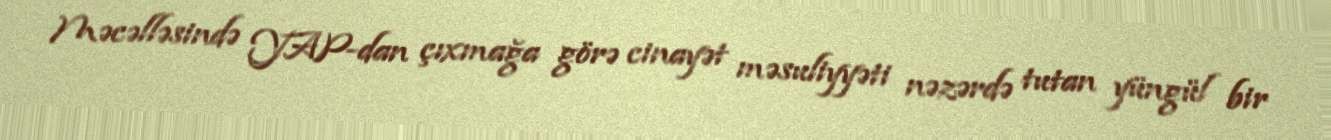
Məcəlləsində YAP-dan çıxmağa görə cinayət məsuliyyəti nəzərdə tutan yüngül bir